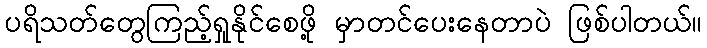
ပရိသတ်တွေကြည့်ရှုနိုင်စေဖို့ မှာတင်ပေးနေတာပဲ ဖြစ်ပါတယ်။